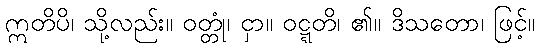
ဣတိပိ၊ သို့လည်း။ ဝတ္တုံ၊ ငှာ။ ဝဋ္ဋတိ၊ ၏။ ဒိသတော၊ ဖြင့်။